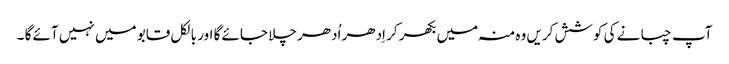
آپ چبانے کی کوشش کریں وہ منہ میں بکھر کر اِدھر اُدھر چلا جائے گا اور بالکل قابو میں نہیں آئے گا ۔